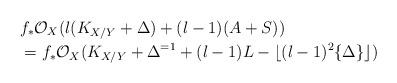
LaTeX: \begin{align*}&f_*\mathcal O_X(l(K_{X/Y}+\Delta)+(l-1)(A+S))\\ &=f_*\mathcal O_X(K_{X/Y}+\Delta^{=1}+(l-1)L-\lfloor (l-1)^2\{\Delta\}\rfloor)\end{align*}